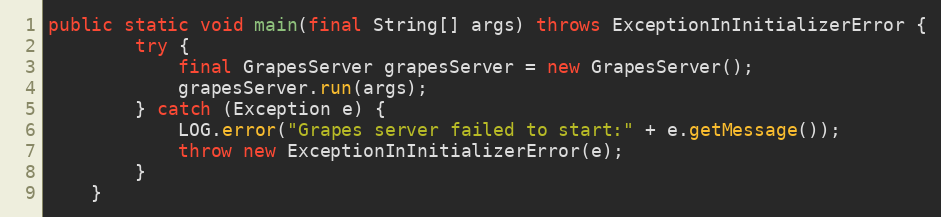
Language: Java
public static void main(final String[] args) throws ExceptionInInitializerError {
        try {
            final GrapesServer grapesServer = new GrapesServer();
            grapesServer.run(args);
		} catch (Exception e) {
			LOG.error("Grapes server failed to start:" + e.getMessage());
            throw new ExceptionInInitializerError(e);
		}
    }